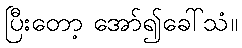
ပြီးတော့ အော်၍ခေါ်သံ။